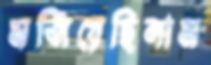
মজিয়েছিলাম